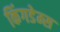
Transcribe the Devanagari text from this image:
किंगडेम्स